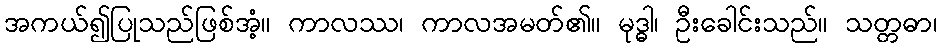
အကယ်၍ပြုသည်ဖြစ်အံ့။ ကာလဿ၊ ကာလအမတ်၏။ မုဒ္ဓါ၊ ဦးခေါင်းသည်။ သတ္တဓာ၊